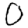
Digit: 0